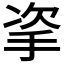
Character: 𢫴